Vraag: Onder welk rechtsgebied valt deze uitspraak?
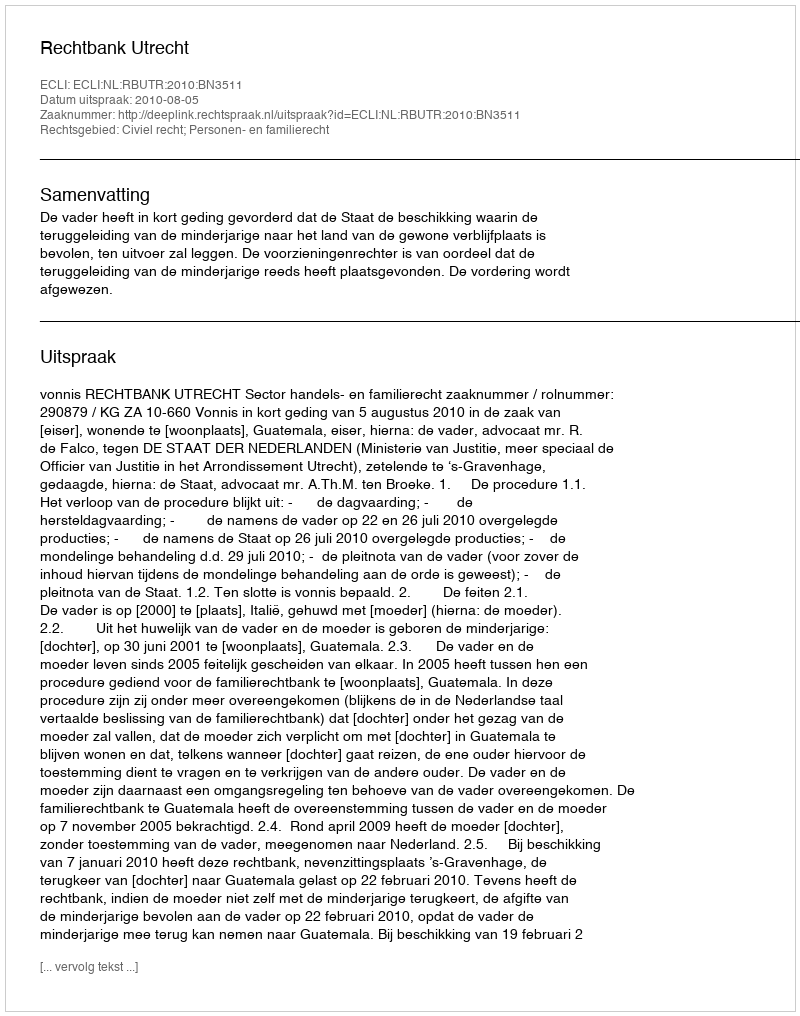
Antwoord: Civiel recht; Personen- en familierecht